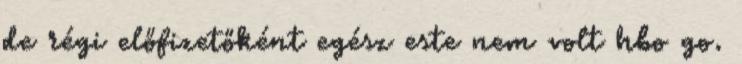
de régi előfizetőként egész este nem volt hbo go.